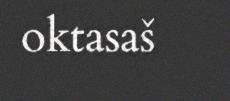
oktasaš